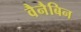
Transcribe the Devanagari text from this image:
वैनैबिन